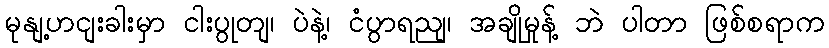
မုနျ့ဟငျးခါးမှာ ငါးပွုတျ၊ ပဲနဲ့၊ ငံပွာရညျ၊ အချိုမှုန့် ဘဲ ပါတာ ဖြစ်စရာက